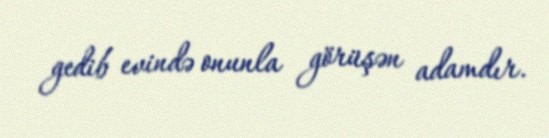
gedib evində onunla görüşən adamdır.